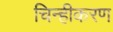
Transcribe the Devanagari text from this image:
चिन्हीकरण